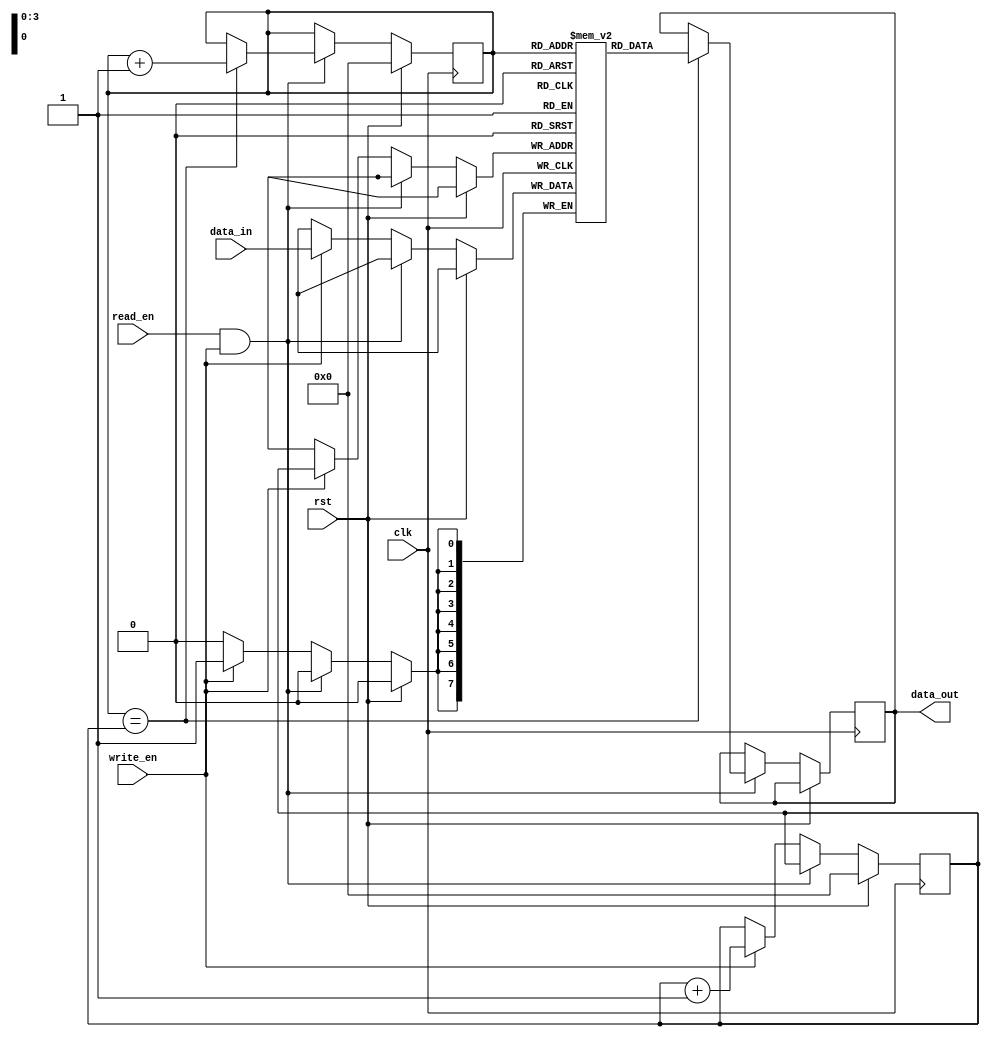
module async_fifo (
  input wire clk,           // Clock signal
  input wire rst,           // Reset signal
  input wire read_en,       // Read enable signal
  input wire write_en,      // Write enable signal
  input wire [7:0] data_in, // Input data
  output reg [7:0] data_out // Output data
);

reg [7:0] buffer [0:15];    // FIFO buffer with 16 locations
reg [3:0] read_ptr = 4'd0;  // Read pointer initialized to 0
reg [3:0] write_ptr = 4'd0; // Write pointer initialized to 0

always @(posedge clk) begin
  if (rst) begin
    read_ptr <= 4'd0;
    write_ptr <= 4'd0;
  end else begin
    if (read_en && write_en) begin
      // Synchronization block
      if (read_ptr == write_ptr) begin
        data_out <= buffer[read_ptr];
        read_ptr <= read_ptr + 1;
      end
    end else if (write_en) begin
      // Write data to buffer
      buffer[write_ptr] <= data_in;
      write_ptr <= write_ptr + 1;
    end
  end
end

endmodule